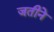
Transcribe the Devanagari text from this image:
जतीने